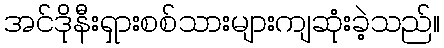
အင်ဒိုနီးရှားစစ်သားများကျဆုံးခဲ့သည်။